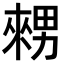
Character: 𤳇